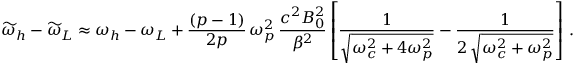
\widetilde { \omega } _ { h } - \widetilde { \omega } _ { L } \approx \omega _ { h } - \omega _ { L } + \frac { ( p - 1 ) } { 2 p } \, \omega _ { p } ^ { 2 } \, \frac { c ^ { 2 } B _ { 0 } ^ { 2 } } { \beta ^ { 2 } } \left[ \frac { 1 } { \sqrt { \omega _ { c } ^ { 2 } + 4 \omega _ { p } ^ { 2 } } } - \frac { 1 } { 2 \, \sqrt { \omega _ { c } ^ { 2 } + \omega _ { p } ^ { 2 } } } \right] \, .